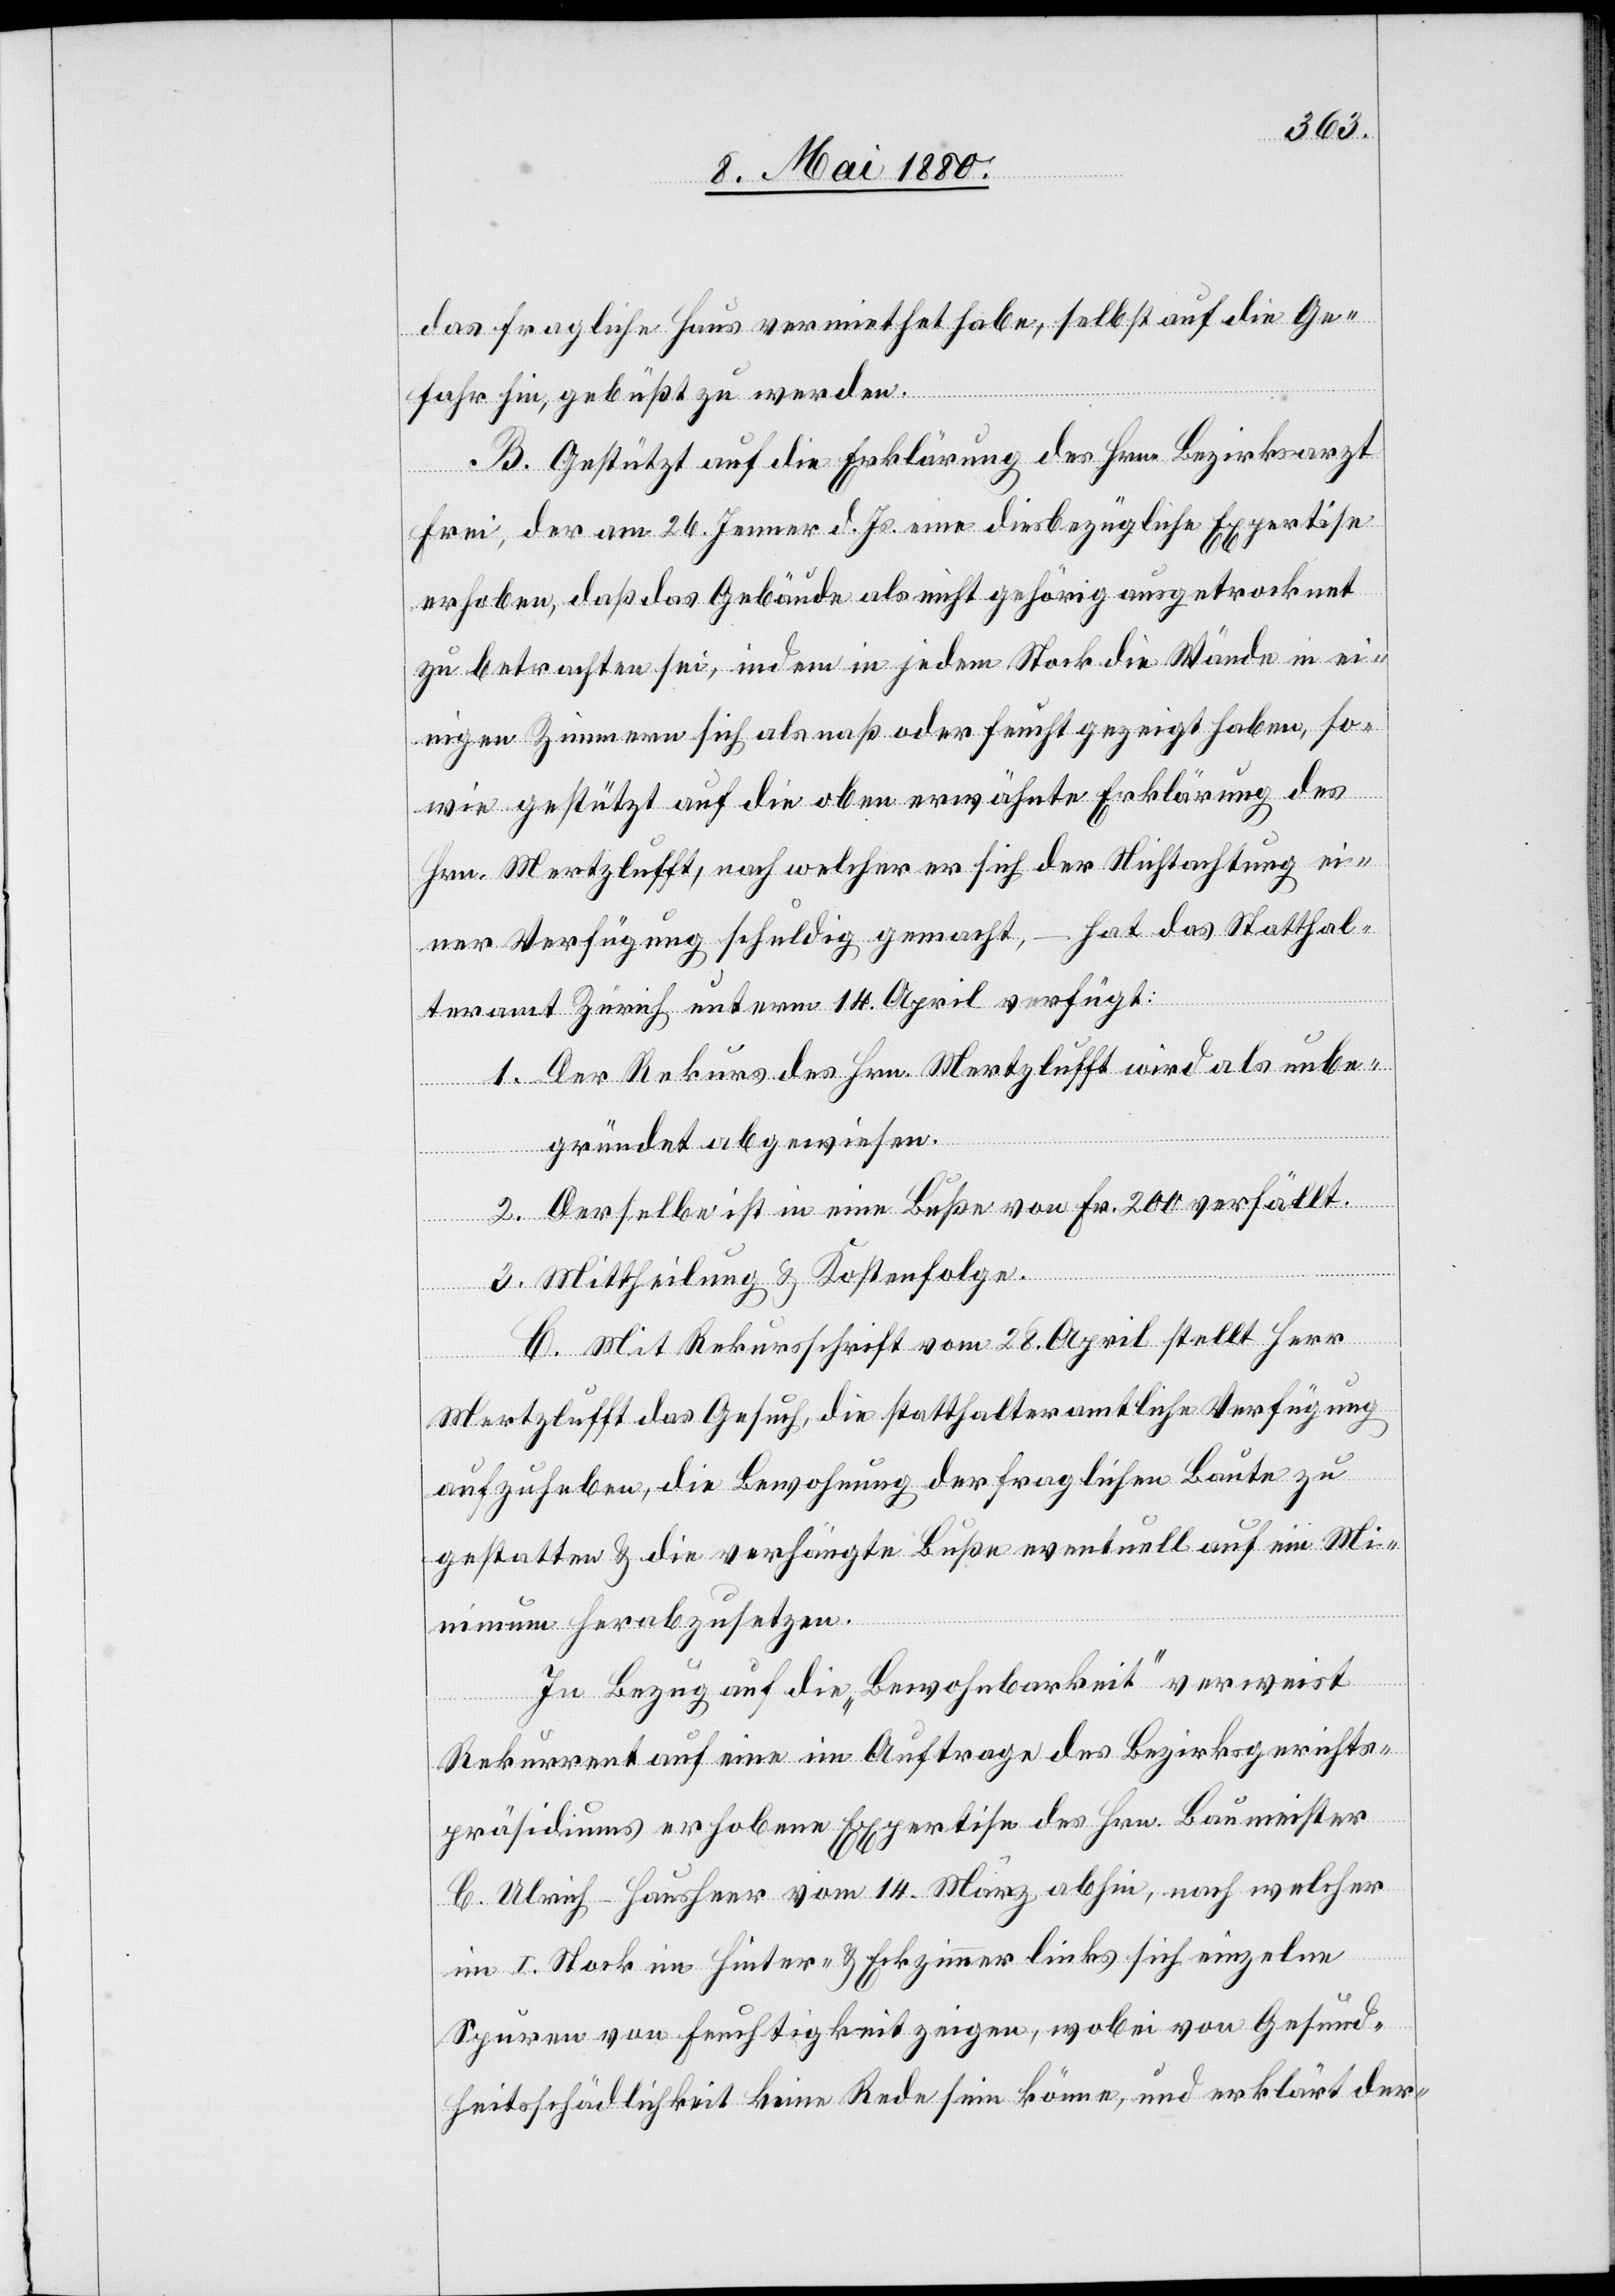
das fragliche Haus vermiethet habe, selbst auf die Ge¬
fahr hin, gebüßt zu werden.
B. Gestützt auf die Erklärung des Hrn. Bezirksarzt
Frei, der am 26. Jenner d. Js. eine diesbezügliche Expertise
erhoben, daß das Gebäude als nicht gehörig ausgetrocknet
zu betrachten sei, indem in jedem Stock die Wände in ei¬
nigen Zimmer sich als naß oder feucht gezeigt haben, so¬
wie gestützt auf die oben erwähnte Erklärung des
Hrn. Mertzlufft, nach welcher er sich der Nichtachtung ei¬
ner Verfügung schuldig gemacht, – hat das Statthal¬
teramt Zürich unterm 14. April verfügt:
1. Der Rekurs des Hrn. Mertzlufft wird als unbe¬
gründet abgewiesen.
2. Derselbe ist in eine Buße von Fr. 200 verfällt.
3. Mittheilung & Kostenfolge.
C. Mit Rekursschrift vom 28. April stellt Herr
Mertzlufft das Gesuch, die statthalteramtliche Verfügung
aufzuheben, die Bewohnung der fraglichen Baute zu
gestatten & die verhängte Buße eventuell auf ein Mi¬
nimum herabzusetzen.
In Bezug auf die „Bewohnbarkeit“ verweist
Rekurrent auf eine im Auftrage des Bezirksgerichts¬
präsidiums erhobene Expertise des Hrn. Baumeister
C. Ulrich-Hausheer vom 14. März abhin, nach welcher
im I. Stock im Hinter- & Eckzimmer links sich einzelne
Spuren von Feuchtigkeit zeigen, wobei von Gesund¬
heitsschädlichkeit keine Rede sein könne, und erklärt der-